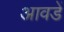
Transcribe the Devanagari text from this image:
आवडें